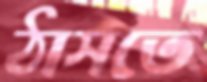
ঠাসতে